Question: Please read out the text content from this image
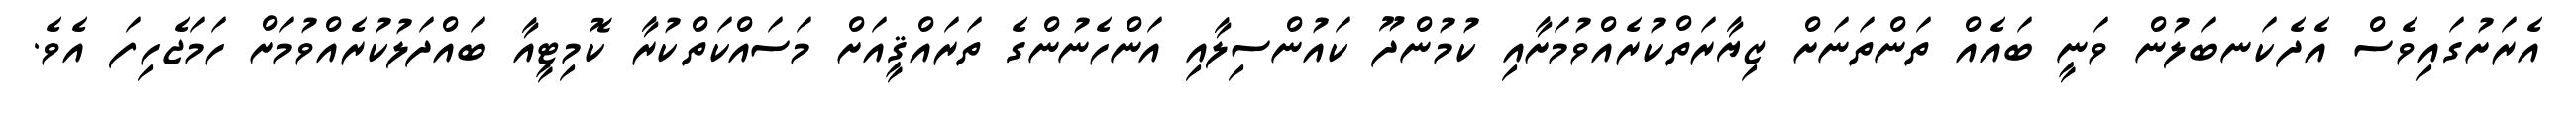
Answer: އެރަށުގައިވެސް އެދެކަނބަލުން ވަނީ ބައެއް ތަންތަނަށް ޒިޔާރަތްކުރެއްވުމަށާއި ކުމުންދޫ ކައުންސިލާއި އަންހެނުންގެ ތަރައްޤީއަށް މަސައްކަތްކުރާ ކޮމިޓީއާ ބައްދަލުކުރެއްވުމަށް ހަމަޖެހިފަ އެވެ.